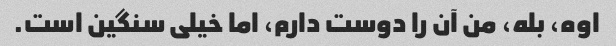
اوه، بله، من آن را دوست دارم، اما خیلی سنگین است.